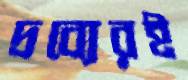
দ্রব্যেরই